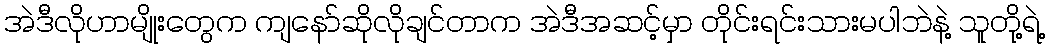
အဲဒီလိုဟာမျိုးတွေက ကျနော်ဆိုလိုချင်တာက အဲဒီအဆင့်မှာ တိုင်းရင်းသားမပါဘဲနဲ့ သူတို့ရဲ့